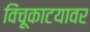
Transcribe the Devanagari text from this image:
विंचूकाटयावर